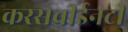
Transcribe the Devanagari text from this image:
करसचीईनटी